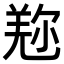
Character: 𠒤